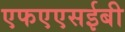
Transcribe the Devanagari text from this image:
एफएएसईबी